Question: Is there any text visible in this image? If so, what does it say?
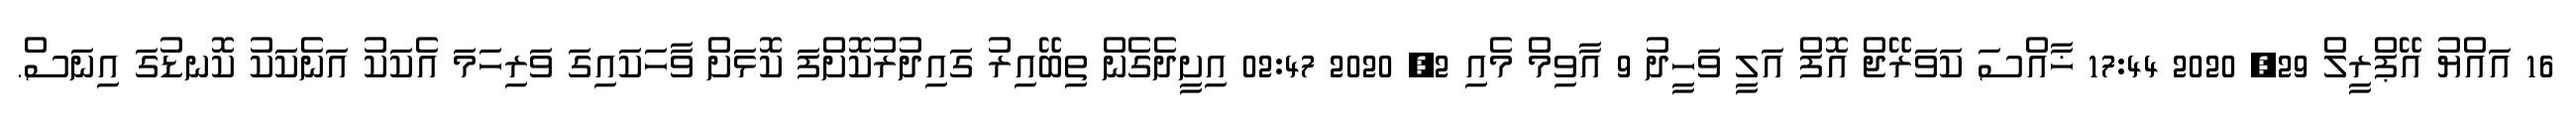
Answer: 16 އައްޔު އޭޕްރީލް 29, 2020 17:44 ޚާއްސަ ކަވަރޭޖް އޮފް އަލީ ވަހީދު 9 އާވިމް މެއި 2, 2020 02:47 އިށީދެގެން ތިބޭއިރު ގައިދުރުކޮށްފަ ކޮޅަށް ވާހަކައިގަ ވަރިހަމަ އެކަކު އަނެކަކު ކޮނޑުގަ އިނަސް.